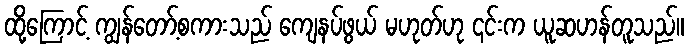
ထို့ကြောင့် ကျွန်တော့်စကားသည် ကျေနပ်ဖွယ် မဟုတ်ဟု ၎င်းက ယူဆဟန်တူသည်။